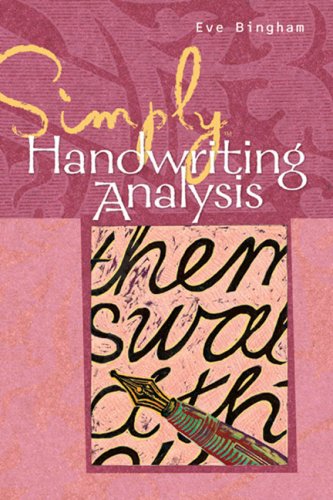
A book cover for Simply Handwriting Analysis: Graphology Techniques Made Easy; Eve Bingham; Self-Help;